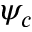
\psi _ { c }